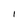
Character: I